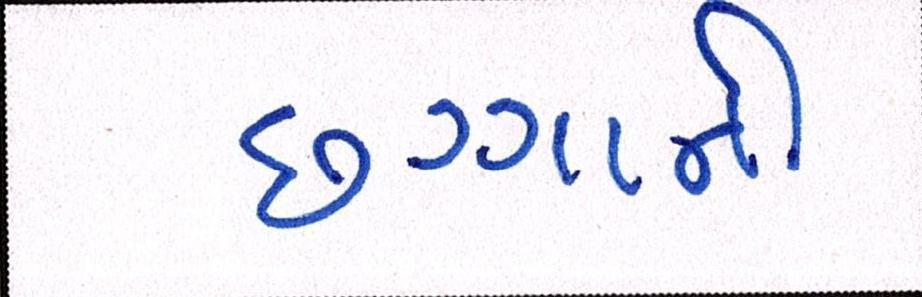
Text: છગ્ગાની